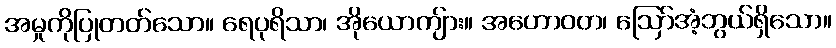
အမှုကိုပြုတတ်သော။ ရေပုရိသာ၊ အိုယောကျ်ား။ အဟောဝတ၊ ဩော်အံ့ဘွယ်ရှိသော။